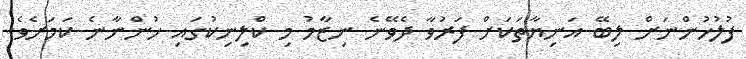
ފުލުހުންނަށް ލިބޭ އަނިޔާތަކަށް ފަރުވާ ދެވޭނެ ނިޒާމު މި ކްލިނިކުގައި ހުންނާނެ ކަމަށެވެ.